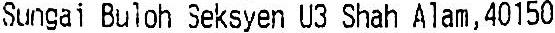
SUNGAI BULOH SEKSYEN U3 SHAH ALAM, 40150